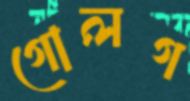
গোলগ